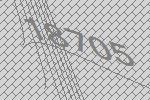
18705